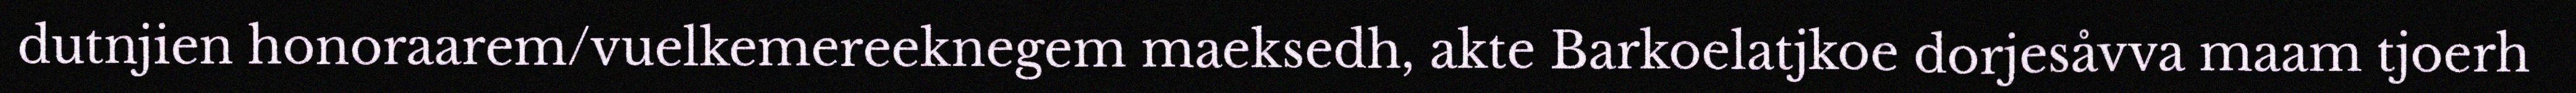
dutnjien honoraarem/vuelkemereeknegem maeksedh, akte Barkoelatjkoe dorjesåvva maam tjoerh